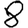
Digit: 8